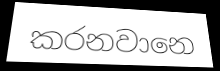
කරනවානෙ